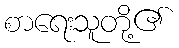
စာရေးသူတို့၏